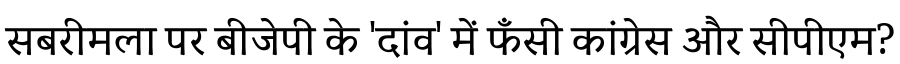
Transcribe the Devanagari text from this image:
सबरीमला पर बीजेपी के 'दांव' में फँसी कांग्रेस और सीपीएम?